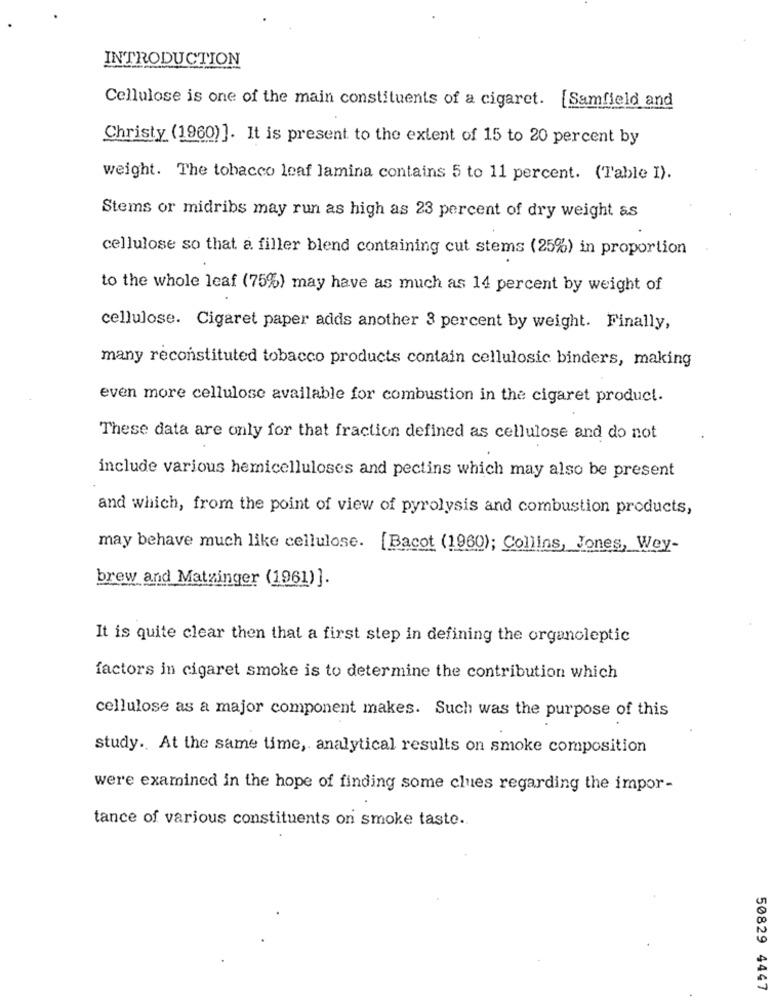
INTRODUCTION
Cellulose is one of the main constituents of a cigaret. [Samfield and
Christy (1960)]. It is present to the extent of 15 to 20 percent by
weight. The tobacco leaf lamina contains 5 to 11 percent. (Table I).
Stems or midribs may run as high as 23 percent of dry weight as
cellulose so that a filler blend containing cut stems (25%) in proportion
to the whole leaf (75%) may have as much as 14 percent by weight of
cellulose. Cigaret paper adds another 3 percent by weight. Finally,
many reconstituted tobacco products contain cellulosic binders, making
even more cellulose available for combustion in the cigaret product.
These data are only for that fraction defined as cellulose and do not
include various hemicelluloses and pectins which may also be present
and which, from the point of view of pyrolysis and combustion products,
may behave much like cellulose. [Bacot (1960); Collins, Jones, Wey-
brew and Matginger (1961)].
It is quite clear then that a first step in defining the organoleptic
factors in cigaret smoke is to determine the contribution which
cellulose as a major component makes. Such was the purpose of this
study. At the same time, analytical results on smoke composition
were examined in the hope of finding some clues regarding the impor-
tance of various constituents on smoke taste.
50829 4447